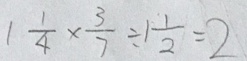
1 \frac { 1 } { 4 } \times \frac { 3 } { 7 } \div 1 \frac { 1 } { 2 } = 2